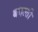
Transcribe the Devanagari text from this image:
बदल्ती